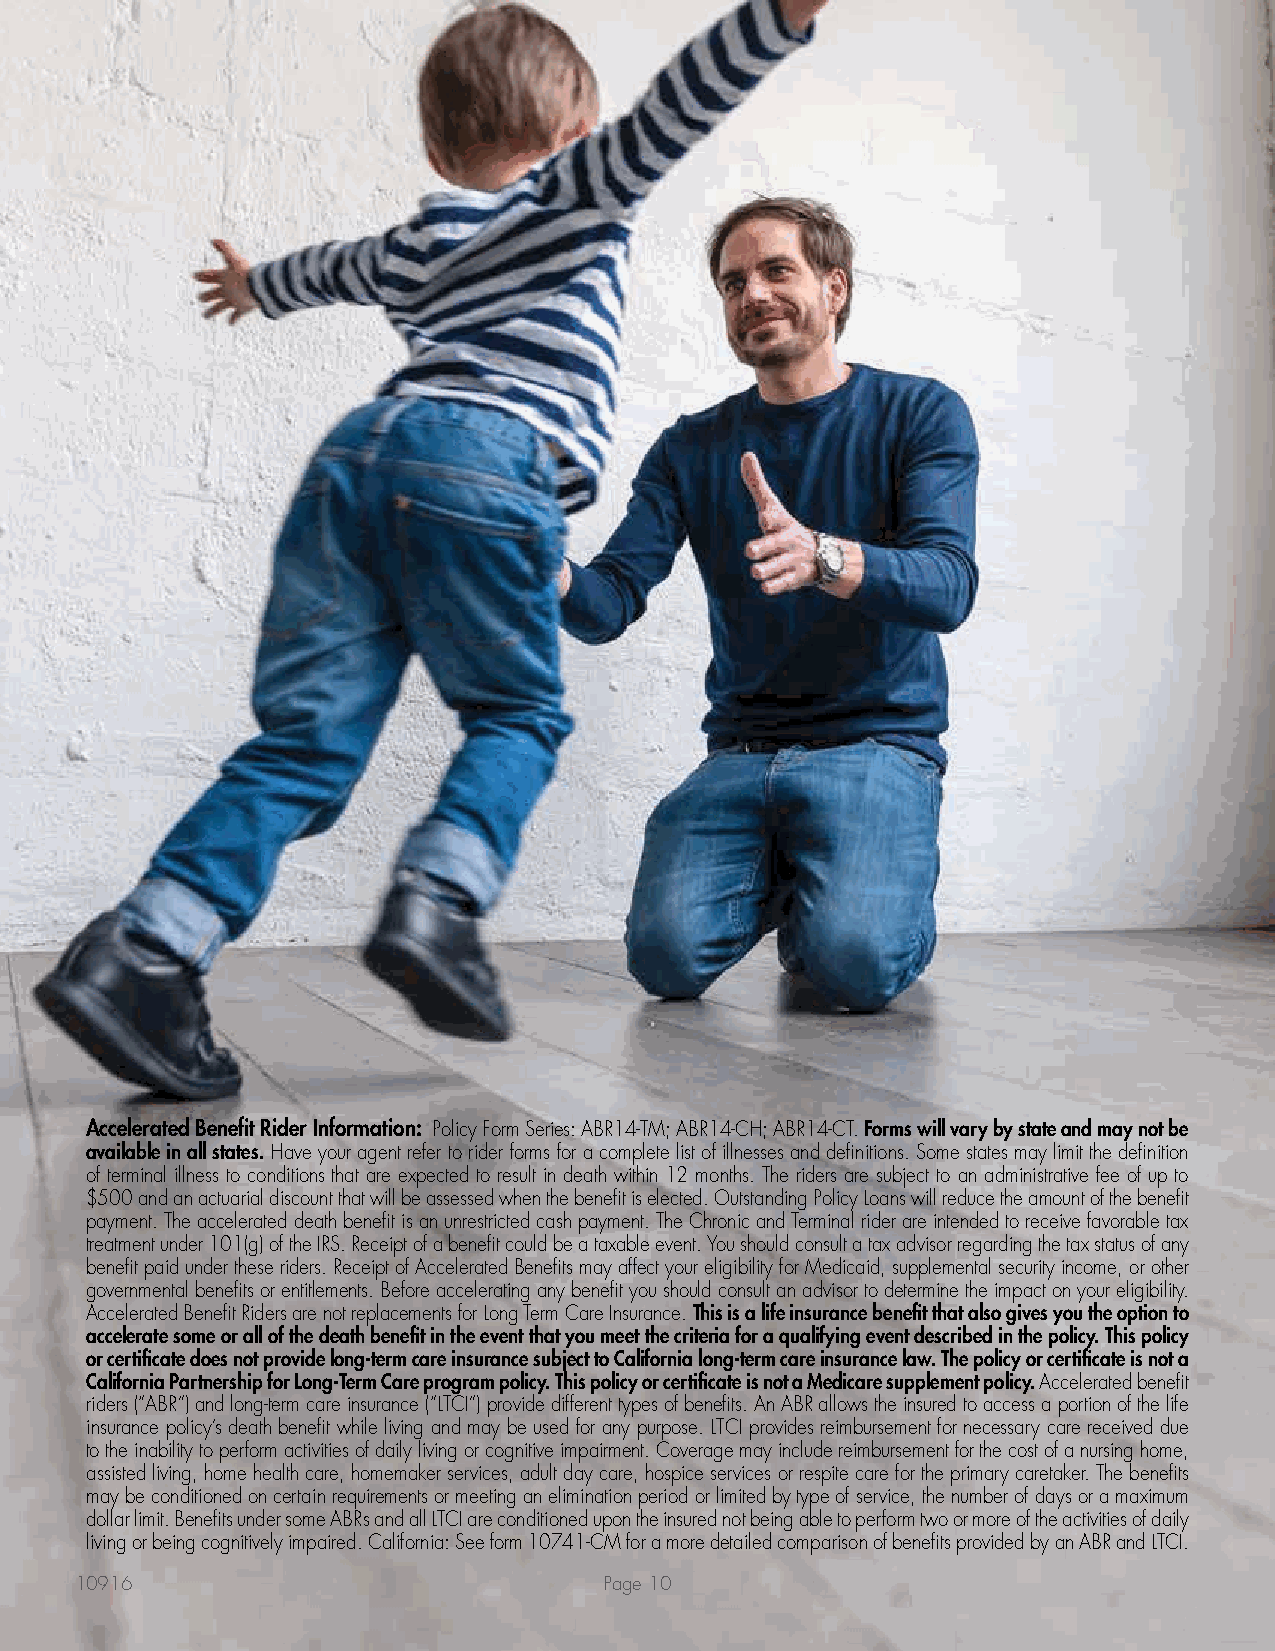
Accelerated Benefit Rider Information: Policy Form Series: ABR14-TM; ABR14-CH; ABR14-CT. Forms will vary by state and may not be
 available in all states. Have your agent refer to rider forms for a complete list of illnesses and definitions. Some states may limit the definition
 of terminal illness to conditions that are expected to result in death within 12 months. The riders are subject to an administrative fee of up to
 $500 and an actuarial discount that will be assessed when the benefit is elected. Outstanding Policy Loans will reduce the amount of the benefit
 payment. The accelerated death benefit is an unrestricted cash payment. The Chronic and Terminal rider are intended to receive favorable tax
 treatment under 101(g) of the IRS. Receipt of a benefit could be a taxable event. You should consult a tax advisor regarding the tax status of any
 benefit paid under these riders. Receipt of Accelerated Benefits may affect your eligibility for Medicaid, supplemental security income, or other
 governmental benefits or entitlements. Before accelerating any benefit you should consult an advisor to determine the impact on your eligibility.
 Accelerated Benefit Riders are not replacements for Long Term Care Insurance. This is a life insurance benefit that also gives you the option to
 accelerate some or all of the death benefit in the event that you meet the criteria for a qualifying event described in the policy. This policy
 or certificate does not provide long-term care insurance subject to California long-term care insurance law. The policy or certificate is not a
 California Partnership for Long-Term Care program policy. This policy or certificate is not a Medicare supplement policy. Accelerated benefit
 riders (“ABR”) and long-term care insurance (“LTCI”) provide different types of benefits. An ABR allows the insured to access a portion of the life
 insurance policy’s death benefit while living and may be used for any purpose. LTCI provides reimbursement for necessary care received due
 to the inability to perform activities of daily living or cognitive impairment. Coverage may include reimbursement for the cost of a nursing home,
 assisted living, home health care, homemaker services, adult day care, hospice services or respite care for the primary caretaker. The benefits
 may be conditioned on certain requirements or meeting an elimination period or limited by type of service, the number of days or a maximum
 dollar limit. Benefits under some ABRs and all LTCI are conditioned upon the insured not being able to perform two or more of the activities of daily
 living or being cognitively impaired. California: See form 10741-CM for a more detailed comparison of benefits provided by an ABR and LTCI.
 1100991166                         PPaaggee 1100